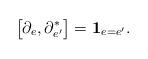
LaTeX: \begin{align*}\bigl[\partial_e, \partial_{e'}^*\bigr] =\mathbf{1}_{e = e'}.\end{align*}